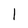
Character: I